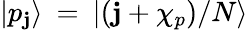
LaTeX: {|p_{\mathbf{j}}\rangle}\: =\: {|(\mathbf{j}+\chi_{p})/N\rangle}